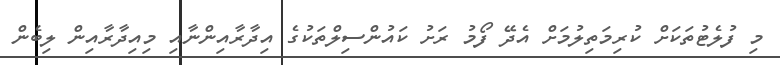
މި ފުލެޓުތަކަށް ކުރިމަތިލުމަށް އެދޭ ފޯމު ރަށު ކައުންސިލްތަކުގެ އިދާރާއިންނާއި މިއިދާރާއިން ލިބެން